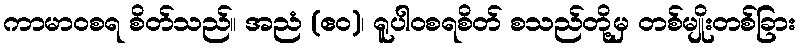
ကာမာဝစရ စိတ်သည်။ အညံ (ဧဝ)၊ ရူပါဝစရစိတ် စသည်တို့မှ တစ်မျိုးတစ်ခြား